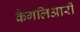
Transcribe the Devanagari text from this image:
कैगलिआरी